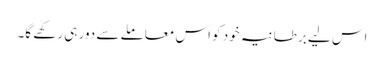
اس لیے برطانیہ خود کو اس معاملے سے دور ہی رکھے گا۔